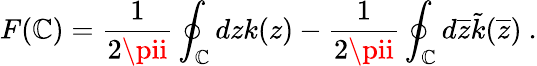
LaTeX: F(\mathbb{C})=\frac{{1}}{{2\pii}}\oint_{\mathbb{C}}dzk(z)-\frac{{1}}{{2\pii}}\oint_{\mathbb{C}}d\overline{{{{z}}}}\tilde{{k}}(\overline{{{{z}}}})\ .